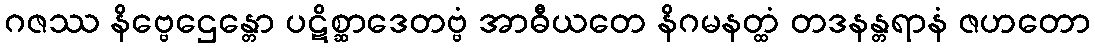
ဂဇဿ နိဗ္ဗေဌေန္တော ပဋိစ္ဆာဒေတဗ္ဗံ အာဓီယတေ နိဂမနတ္ထံ တဒနန္တရာနံ ဇဟတော